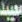
معييد